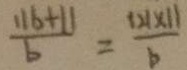
\frac { 1 1 6 + 1 1 } { b } = \frac { 1 2 1 \times 1 1 } { b }